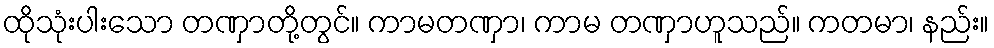
ထိုသုံးပါးသော တဏှာတို့တွင်။ ကာမတဏှာ၊ ကာမ တဏှာဟူသည်။ ကတမာ၊ နည်း။